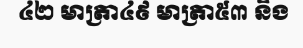
៤២ មាត្រា៤៩ មាត្រា៥៣ និង